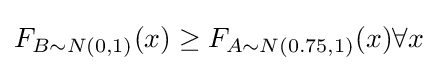
F_{B\sim N(0,1)}(x)\geq F_{A\sim N(0.75,1)}(x)\forall x